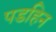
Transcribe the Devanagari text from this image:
पडहिन